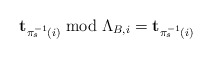
\begin{align*}\mathbf{t}_{\pi_{s}^{-1}\left(i\right)}\bmod\Lambda_{B,i}=\mathbf{t}_{\pi_{s}^{-1}\left(i\right)}\end{align*}